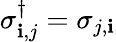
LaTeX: \sigma_{\mathbf{i},j}^{\dagger}=\sigma_{j,\mathbf{i}}